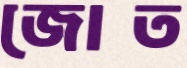
জোত